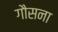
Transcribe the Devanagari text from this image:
गौसना